Annual administration report of the Civil Veterinary Department of India - 1893-1894
Year: 1893
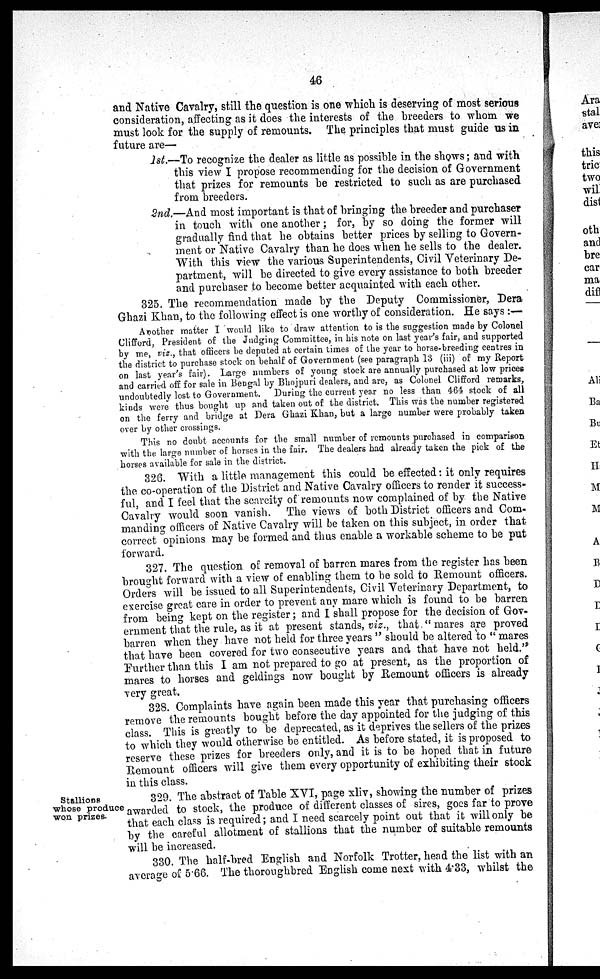
46
and Native Cavalry, still the question is one which is deserving of most serious
consideration, affecting as it does the interests of the breeders to whom we
must look for the supply of remounts. The principles that must guide us in
future are—
1st.—To recognize the dealer as little as possible in the shows; and with
this view I propose recommending for the decision of Government
that prizes for remounts be restricted to such as are purchased
from breeders.
2nd.—And most important is that of bringing the breeder and purchaser
in touch with one another; for, by so doing the former will
gradually find that he obtains better prices by selling to Govern-
ment or Native Cavalry than he does when he sells to the dealer.
With this view the various Superintendents, Civil Veterinary De-
partment, will be directed to give every assistance to both breeder
and purchaser to become better acquainted with each other.
325. The recommendation made by the Deputy Commissioner, Dera
Ghazi Khan, to the following effect is one worthy of consideration. He says:—
Another matter I would like to draw attention to is the suggestion made by Colonel
Clifford, President of the Judging Committee, in his note on last year's fair, and supported
by me, viz., that officers be deputed at certain times of the year to horse-breeding centres in
the district to purchase stock on behalf of Government (see paragraph 13 (iii) of my Report
on last year's fair). Large numbers of young stock are annually purchased at low prices
and carried off for sale in Bengal by Bhojpuri dealers, and are, as Colonel Clifford remarks,
undoubtedly lost to Government. During the current year no less than 464 stock of all
kinds were thus bought up and taken out of the district. This was the number registered
on the ferry and bridge at Dera Ghazi Khan, but a large number were probably taken
over by other crossings.
This no doubt accounts for the small number of remounts purchased in comparison
with the large number of: horses in the fair. The dealers had already taken the pick of the
horses available for sale in the district.
326. With a little management this could be effected: it only requires
the co-operation of the District and Native Cavalry officers to render it success-
ful, and I feel that the scarcity of remounts now complained of by the Native
Cavalry would soon vanish. The views of both District officers and Com-
manding officers of Native Cavalry will be taken on this subject, in order that
correct opinions may be formed and thus enable a workable scheme to be put
forward.
327. The question of removal of barren mares from the register has been
brought forward with a view of enabling them to be sold to Remount officers.
Orders will be issued to all Superintendents, Civil Veterinary Department, to
exercise great care in order to prevent any mare which is found to be barren
from being kept on the register; and I shall propose for the decision of Gov-
ernment that the rule, as it at present stands, viz., that "mares are proved
barren when they have not held for three years" should be altered to "mares
that have been covered for two consecutive years and that have not held."
Further than this I am not prepared to go at present, as the proportion of
mares to horses and geldings now bought by Remount officers is already
very great.
328. Complaints have again been made this year that purchasing officers
remove the remounts bought before the day appointed for the judging of this
class. This is greatly to be deprecated, as it deprives the sellers of the prizes
to which they would otherwise be entitled. As before stated, it is proposed to
reserve these prizes for breeders only, and it is to be hoped that in future
Remount officers will give them every opportunity of exhibiting their stock
in this class.
Stallions
whose produce
won prizes.
329. The abstract of Table XVI, page xliv, showing the number of prizes
awarded to stock, the produce of different classes of sires, goes far to prove
that each class is required; and I need scarcely point out that it will only be
by the careful allotment of stallions that the number of suitable remounts
will be increased.
330. The half-bred English and Norfolk Trotter, head the list with an
average of 5.66. The thoroughbred English come next with 4.33, whilst the